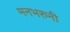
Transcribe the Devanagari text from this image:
मनभरुनी